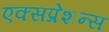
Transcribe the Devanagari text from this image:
एक्सप्रेशन्स